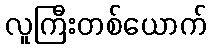
လူကြီးတစ်ယောက်